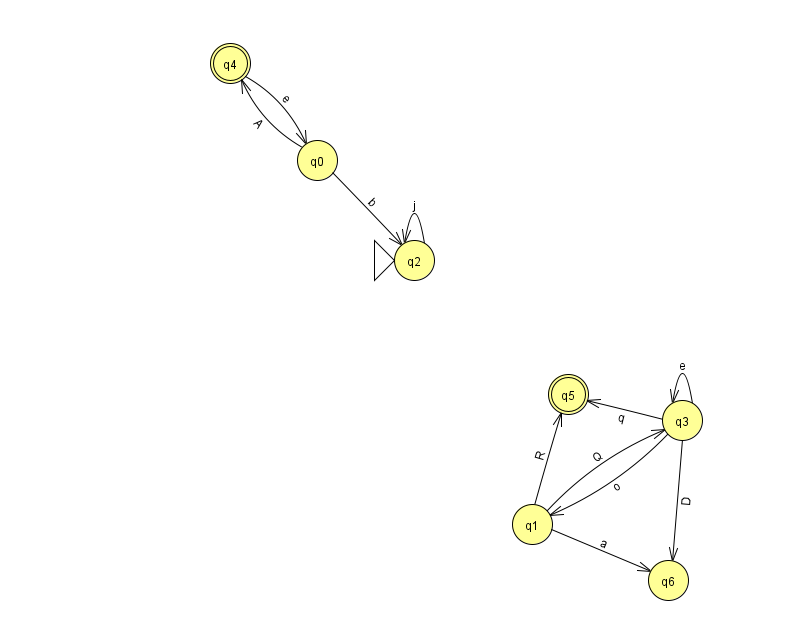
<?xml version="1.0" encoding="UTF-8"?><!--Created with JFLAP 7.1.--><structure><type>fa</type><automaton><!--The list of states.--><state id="0" name="q0"><x>317.0</x><y>147.0</y></state><state id="1" name="q1"><x>532.0</x><y>511.0</y></state><state id="2" name="q2"><x>414.0</x><y>247.0</y><initial/></state><state id="3" name="q3"><x>682.0</x><y>407.0</y></state><state id="4" name="q4"><x>230.0</x><y>50.0</y><final/></state><state id="5" name="q5"><x>568.0</x><y>381.0</y><final/></state><state id="6" name="q6"><x>668.0</x><y>567.0</y></state><!--The list of transitions.--><transition><from>0</from><to>2</to><read>b</read></transition><transition><from>1</from><to>6</to><read>a</read></transition><transition><from>3</from><to>1</to><read>o</read></transition><transition><from>3</from><to>5</to><read>q</read></transition><transition><from>4</from><to>0</to><read>e</read></transition><transition><from>3</from><to>3</to><read>e</read></transition><transition><from>0</from><to>4</to><read>A</read></transition><transition><from>3</from><to>6</to><read>D</read></transition><transition><from>2</from><to>2</to><read>j</read></transition><transition><from>1</from><to>3</to><read>Q</read></transition><transition><from>1</from><to>5</to><read>R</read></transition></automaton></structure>